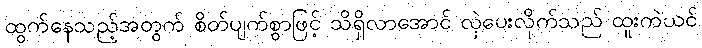
ထွက်နေသည့်အတွက် စိတ်ပျက်စွာဖြင့် သိရှိလာအောင် လှဲပေးလိုက်သည် ထူးကဲယင်